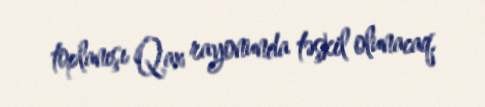
toplanışı Qax rayonunda təşkil olunacaq.